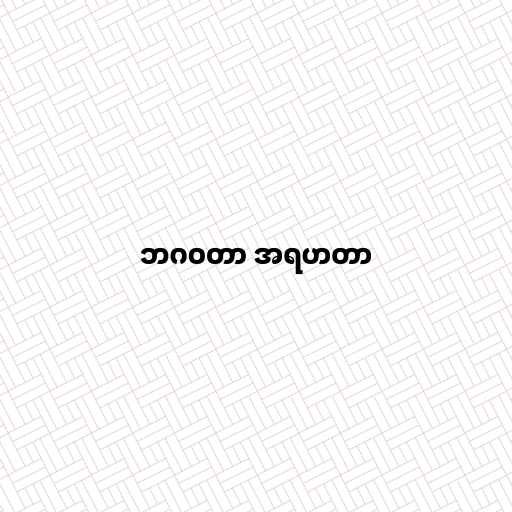
ဘဂဝတာ အရဟတာ